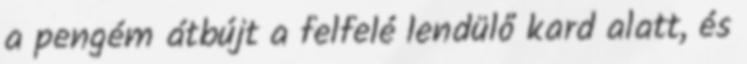
a pengém átbújt a felfelé lendülő kard alatt, és